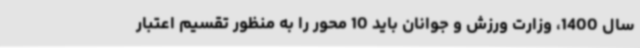
سال 1400، وزارت ورزش و جوانان باید 10 محور را به منظور تقسیم اعتبار